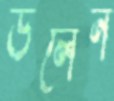
ডলেন